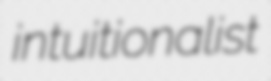
intuitionalist